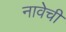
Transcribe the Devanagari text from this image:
नावेची